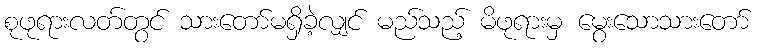
စုဖုရားလတ်တွင် သားတော်မရှိခဲ့လျှင် မည်သည့် မိဖုရားမှ မွေးသောသားတော်